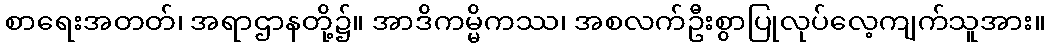
စာရေးအတတ်၊ အရာဌာနတို့၌။ အာဒိကမ္မိကဿ၊ အစလက်ဦးစွာပြုလုပ်လေ့ကျက်သူအား။